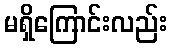
မရှိကြောင်းလည်း